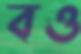
বও